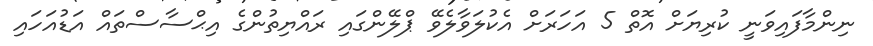
ނިންމާފައިވަނީ ކުރިޔަށް އޮތް 5 އަހަރަށް އެކުލަވާލެވޭ ޕްލޭންގައި ރައްޔިތުންގެ އިޙްސާސްތައް އަޑުއަހައި